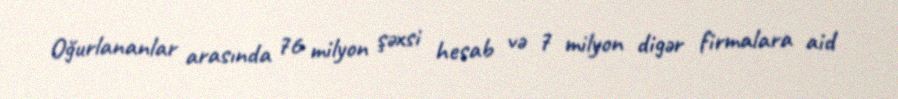
Oğurlananlar arasında 76 milyon şəxsi hesab və 7 milyon digər firmalara aid